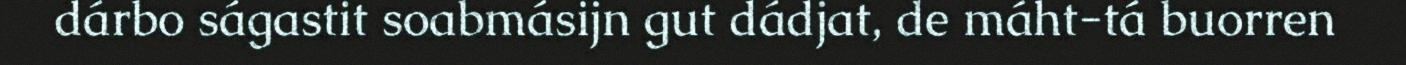
dárbo ságastit soabmásijn gut dádjat, de máht-tá buorren